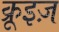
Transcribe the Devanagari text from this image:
क्रूइज़